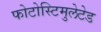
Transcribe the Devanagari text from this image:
फोटोस्टिमुलेटेड